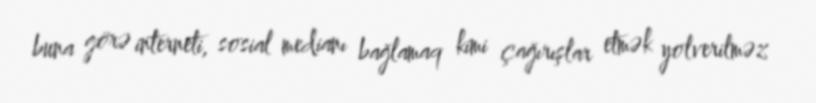
buna görə interneti, sosial medianı bağlamaq kimi çağırışlar etmək yolverilməz